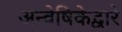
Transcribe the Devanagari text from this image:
अन्वेषिकेद्वारे